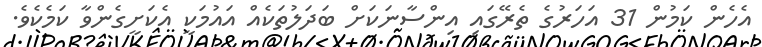
އެހެން ކަމުން 31 އަހަރުގެ ތެރޭގައި އިންސާނަކަށް ބަދަލުތަކެއް އައުމަކީ އެކަށީގެންވާ ކަމެކެވެ.